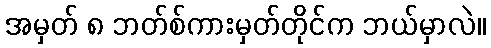
အမှတ် ၈ ဘတ်စ်ကားမှတ်တိုင်က ဘယ်မှာလဲ။